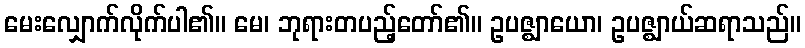
မေးလျှောက်လိုက်ပါ၏။ မေ၊ ဘုရားတပည့်တော်၏။ ဥပဇ္ဈာယော၊ ဥပဇ္ဈာယ်ဆရာသည်။